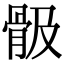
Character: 𩨞